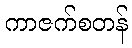
ကာဇက်စတန်